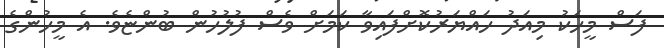
ފަސް މީހަކު މިއަދު ހައްޔަރުކޮށްފައިވާ ކަމަށް ވެސް ފުލުހުން ބުންޏެވެ. އެ މީހުންގެ